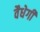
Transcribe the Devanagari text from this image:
वैधेगी